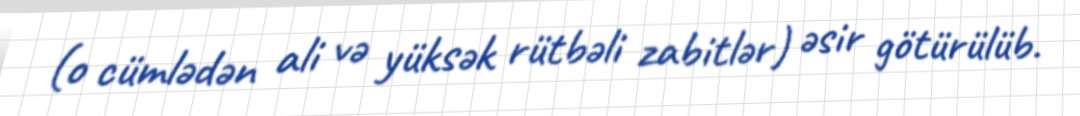
(o cümlədən ali və yüksək rütbəli zabitlər) əsir götürülüb.